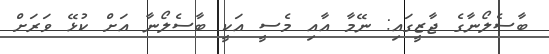
ބާސެލޯނާގެ ޖާޒީގައި: ނޭމާ އާއި މެސީ އަކީ ބާސެލޯނާ އަށް ކުޅޭ ވަރަށް